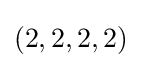
(2,2,2,2)